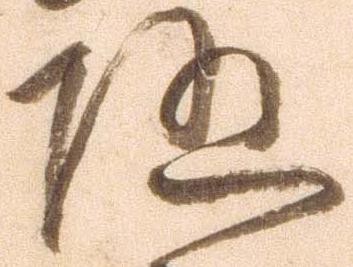
随